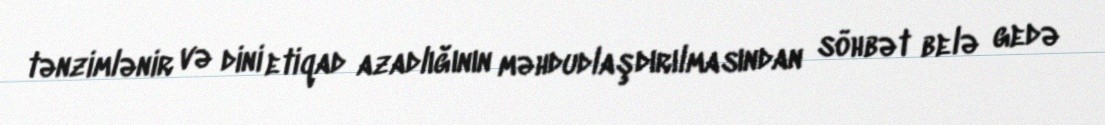
tənzimlənir və dini etiqad azadlığının məhdudlaşdırılmasından söhbət belə gedə